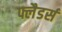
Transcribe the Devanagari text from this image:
फ्लैडर्स